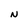
Character: N